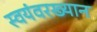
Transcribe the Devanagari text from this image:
स्वयंवरख्यान